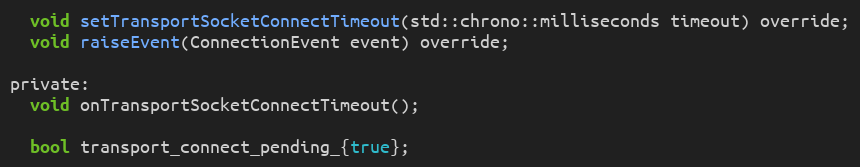
Language: C
  void setTransportSocketConnectTimeout(std::chrono::milliseconds timeout) override;
  void raiseEvent(ConnectionEvent event) override;

private:
  void onTransportSocketConnectTimeout();

  bool transport_connect_pending_{true};